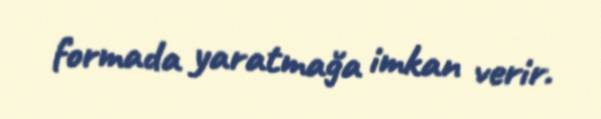
formada yaratmağa imkan verir.